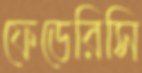
ফেডেরিসি